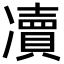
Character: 凟